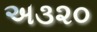
અ૩૨૦